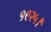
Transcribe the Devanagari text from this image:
१९२५।